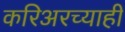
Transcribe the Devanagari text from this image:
करिअरच्याही